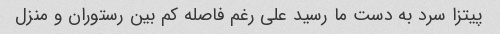
پیتزا سرد به دست ما رسید علی رغم فاصله کم بین رستوران و منزل